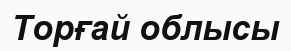
Торғай облысы